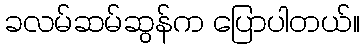
ခလမ်ဆမ်ဆွန်က ပြောပါတယ်။